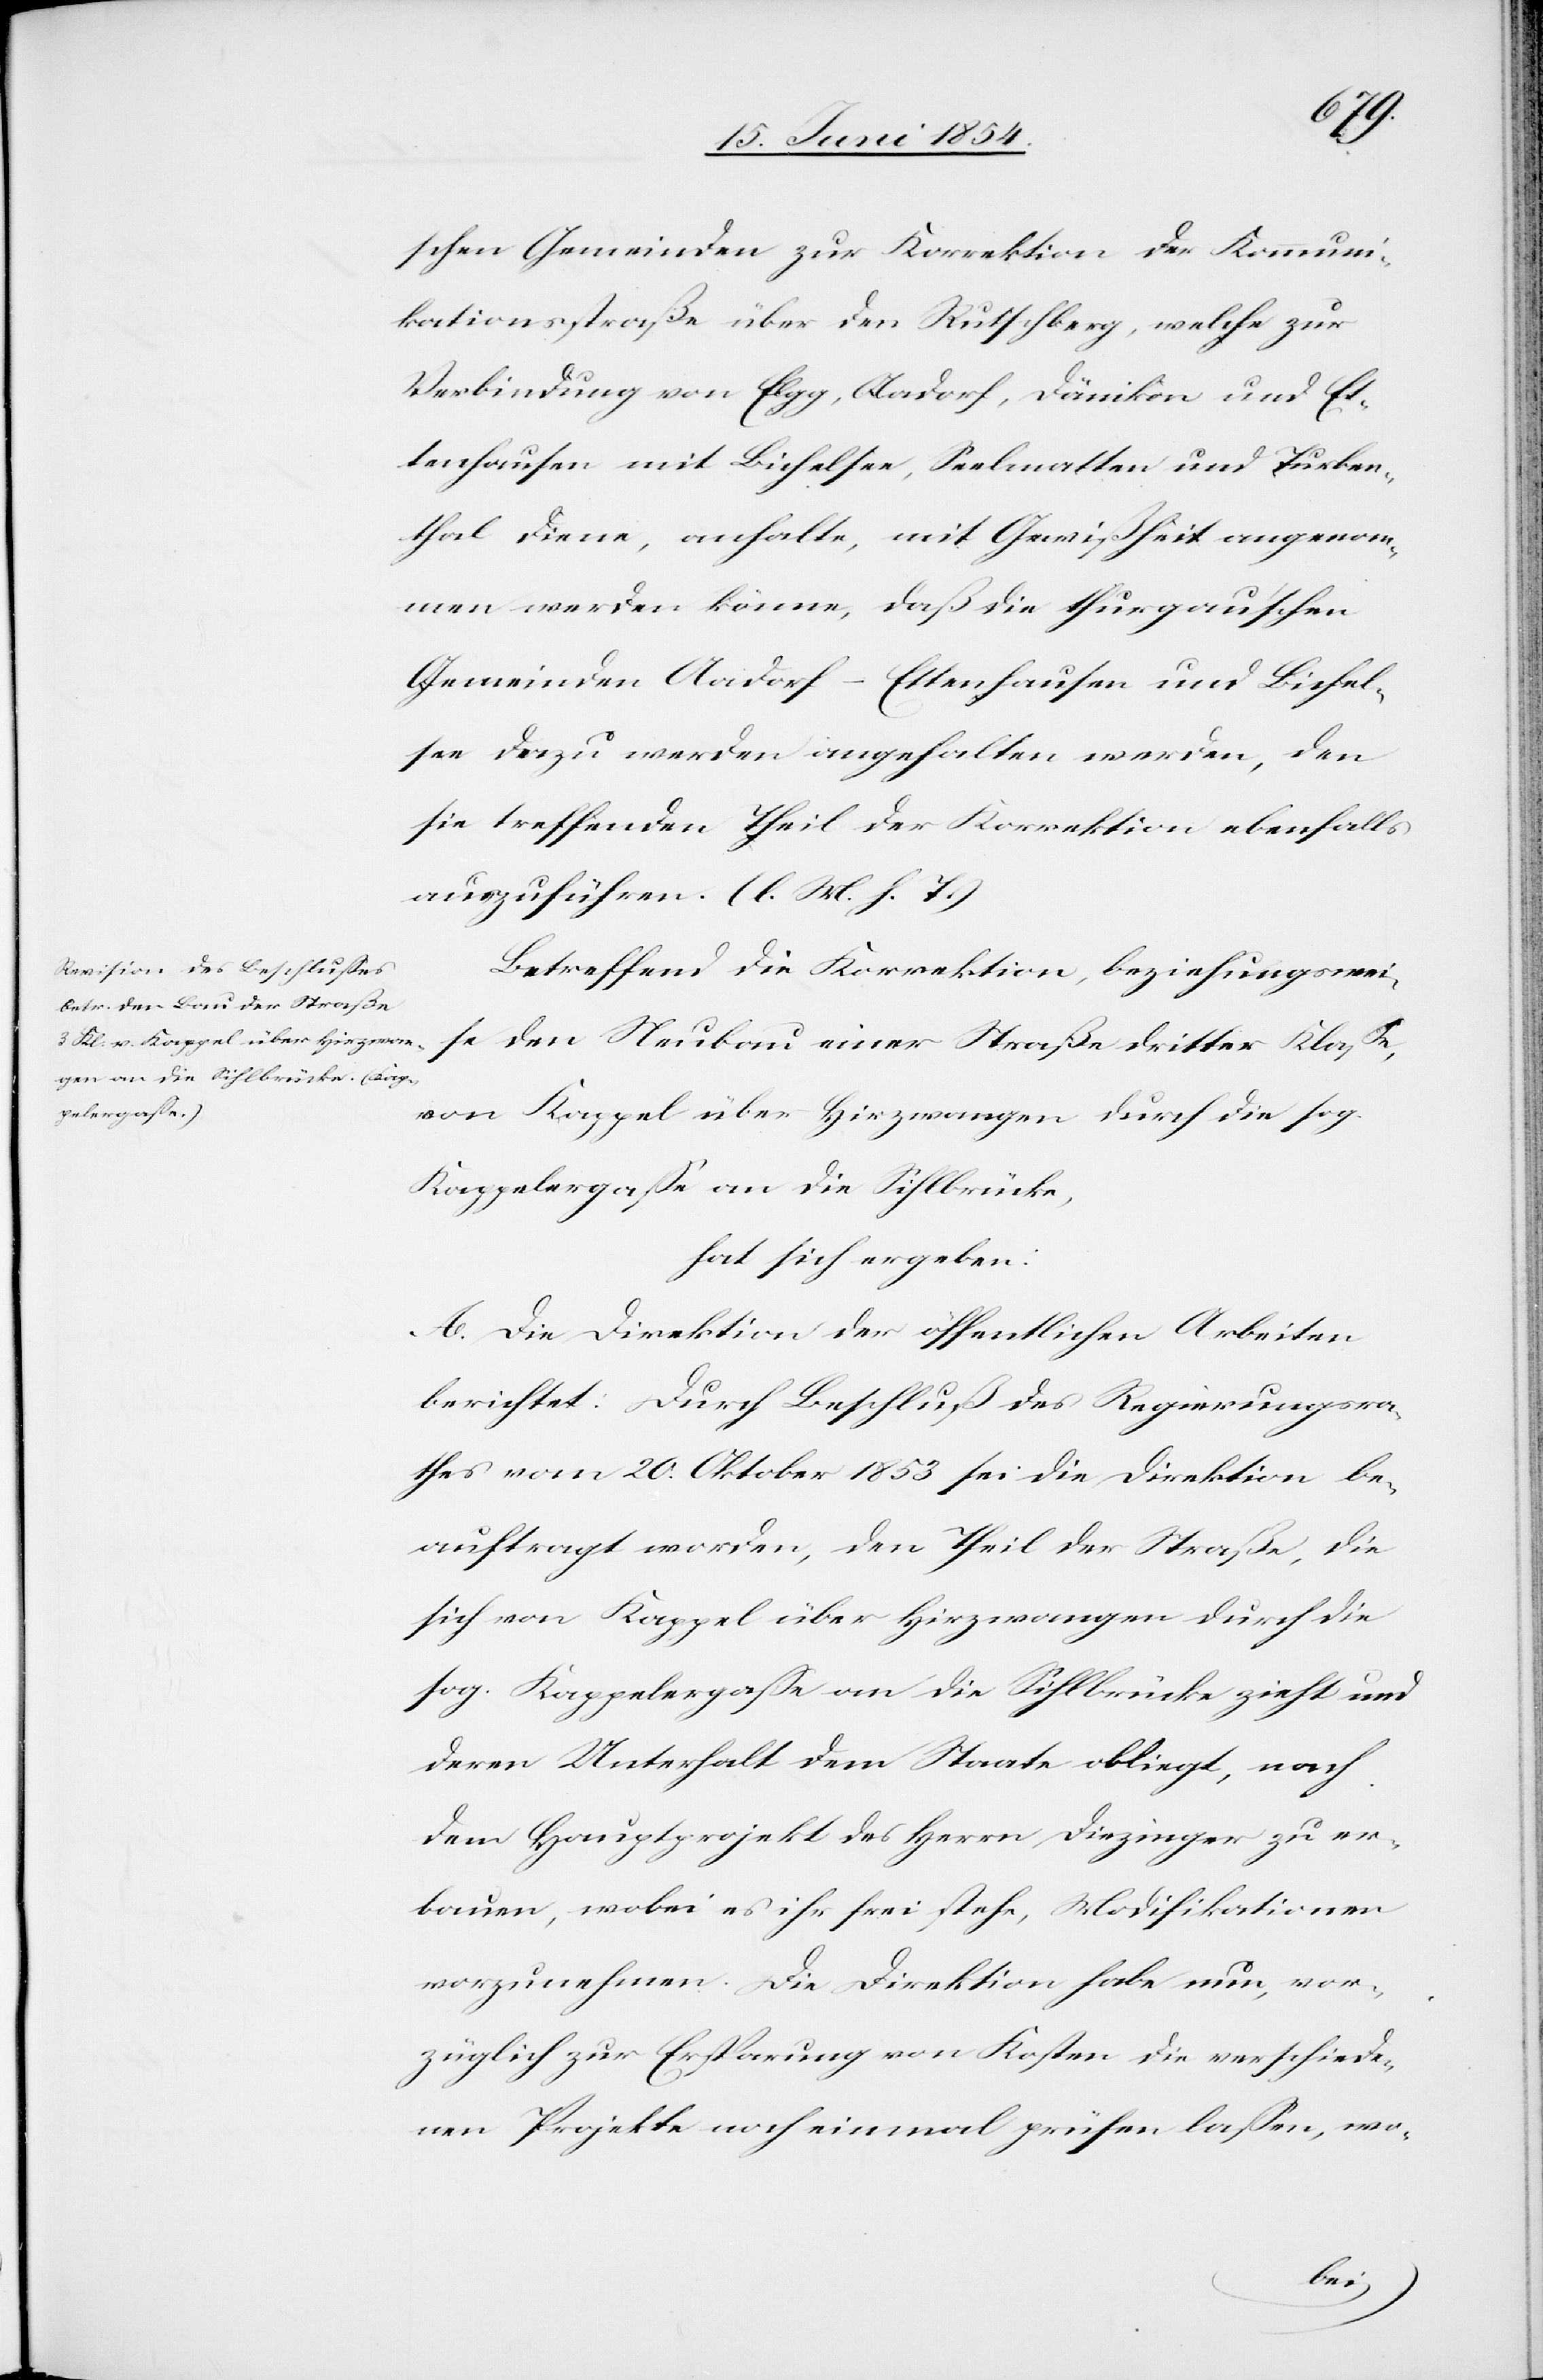
schen Gemeinden zur Korrektion der Kommuni¬
kationsstraße über den Rutschberg, welche zur
Verbindung von Elgg, Aadorf, Dänikon und Et¬
tenhausen mit Bichelsee, Seelmatten und Turben¬
thal diene, anhalte, mit Gewißheit angenom¬
men werden könne, daß die thurgau’schen
Gemeinden Aadorf-Ettenhausen und Bichel¬
see dazu werden angehalten werden, den
sie treffenden Theil der Korrektion ebenfalls
auszuführen. (l. M. h. T.)
Betreffend die Korrektion, beziehungswei¬
von Kappel über Hirzwangen durch die sog.
Kappelergaße an die Sihlbrücke,
hat sich ergeben:
A. Die Direktion der öffentlichen Arbeiten
berichtet: Durch Beschluß des Regierungsra¬
thes vom 20. Oktober 1853 sie die Direktion be¬
auftragt worden, den Theil der Straße, die
sich von Kappel über Hirzwangen durch die
sog. Kappelergaße an die Sihlbrücke zieht und
deren Unterhalt dem Staate obliegt, nach
dem Hauptprojekt des Herrn Diezinger zu er¬
bauen, wobei es ihr frei stehe, Modifikationen
vorzunehmen. Die Direktion habe nun, vor¬
züglich zur Ersparung von Kosten die verschiede¬
nen Projekte noch einmal prüfen laßen, wo-
ter